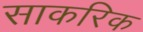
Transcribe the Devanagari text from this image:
साकरिक